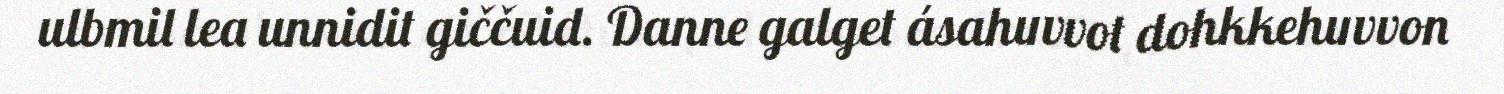
ulbmil lea unnidit giččuid. Danne galget ásahuvvot dohkkehuvvon